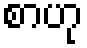
စာဟု